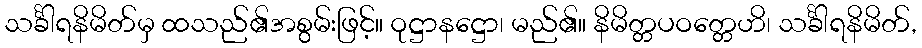
သင်္ခါရနိမိတ်မှ ထသည်၏အစွမ်းဖြင့်။ ဝုဋ္ဌာနဋ္ဌော၊ မည်၏။ နိမိတ္တပဝတ္တေဟိ၊ သင်္ခါရနိမိတ်,